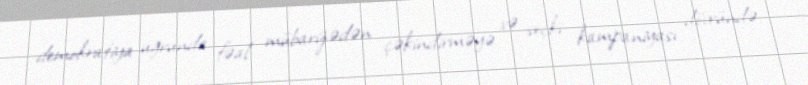
demokratiya uğrunda fəal mübarizədən çəkindirməyə və seçki kampaniyası dövründə